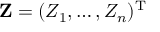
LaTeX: \mathbf { Z } = ( Z _ { 1 } , \ldots , Z _ { n } ) ^ { \mathrm { T } }